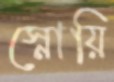
স্নোয়ি